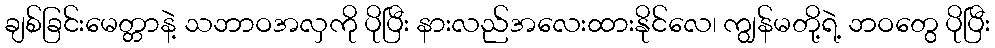
ချစ်ခြင်းမေတ္တာနဲ့ သဘာဝအလှကို ပိုပြီး နားလည်အလေးထားနိုင်လေ၊ ကျွန်မတို့ရဲ့ ဘဝတွေ ပိုပြီး